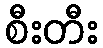
စီးတီး